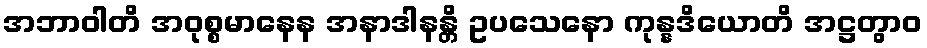
အဘာဝါတိ အဝုစ္စမာနေန အနာဒါနန္တိ ဥပသေနော ကုန္နဒိယောတိ အဋ္ဌတွာဝ